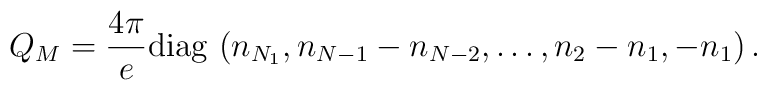
Q_M ={4\pi\over e} {\rm diag}\,\, (n_{N_1}, n_{N-1}-n_{N-2}, \dots,           n_2-n_1, -n_1 )  \, .